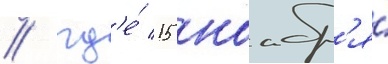
/ гд'е́ 15 ноабр'я́